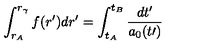
\int _ { r _ { A } } ^ { r _ { \gamma } } f ( r ^ { \prime } ) d r ^ { \prime } = \int _ { t _ { A } } ^ { t _ { B } } \frac { d t ^ { \prime } } { a _ { 0 } ( t \prime ) }